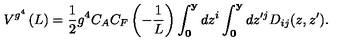
V ^ { g ^ { 4 } } \left( L \right) = \frac { 1 } { 2 } g ^ { 4 } C _ { A } C _ { F } \left( { - \frac { 1 } { L } } \right) \int _ { \bf 0 } ^ { \bf y } { d z ^ { i } } \int _ { \bf 0 } ^ { \bf y } { d z ^ { \prime j } } D _ { i j } ( z , z ^ { \prime } ) .